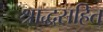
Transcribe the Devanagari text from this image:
श्राद्धसहित